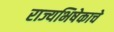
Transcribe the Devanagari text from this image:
राज्यभिषेकाचे